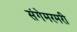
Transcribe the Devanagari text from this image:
संगेमरमरी